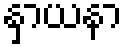
နှာယနာ